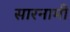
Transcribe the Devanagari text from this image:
सारनामी